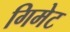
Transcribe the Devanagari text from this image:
गिमेट